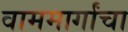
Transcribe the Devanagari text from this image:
वाममार्गांचा